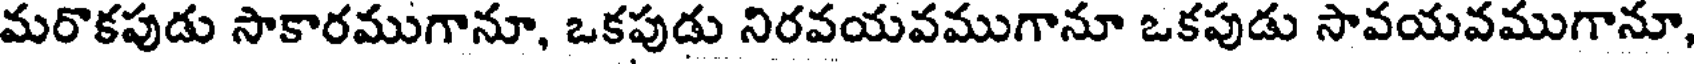
మరొకపుడు సాకారముగానూ, ఒకపుడు నిరవయవముగానూ ఒకపుడు సావయవముగానూ,